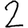
Digit: 2